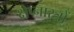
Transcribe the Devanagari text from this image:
क्षेप्नास्त्रों